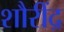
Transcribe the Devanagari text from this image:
शौरींद्र